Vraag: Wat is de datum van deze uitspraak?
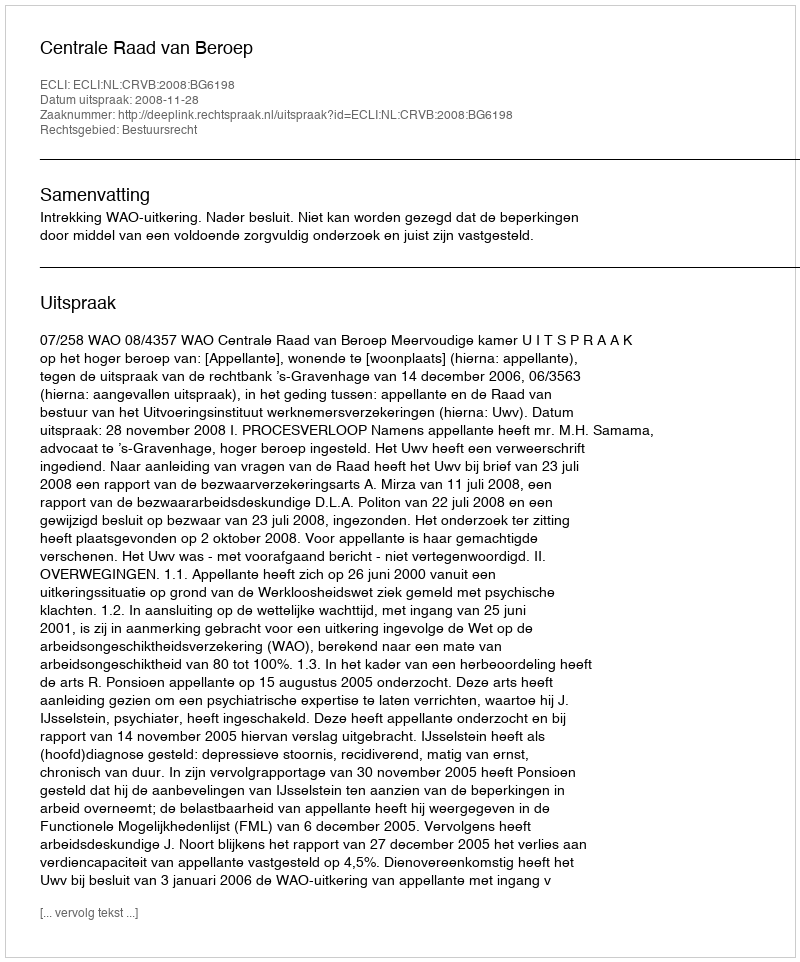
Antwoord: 2008-11-28